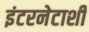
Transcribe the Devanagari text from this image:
इंटरनेटाशी